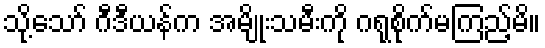
သို့သော် ဂီဒီယန်က အမျိုးသမီးကို ဂရုစိုက်မကြည့်မိ။